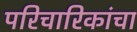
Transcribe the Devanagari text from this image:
परिचारिकांचा